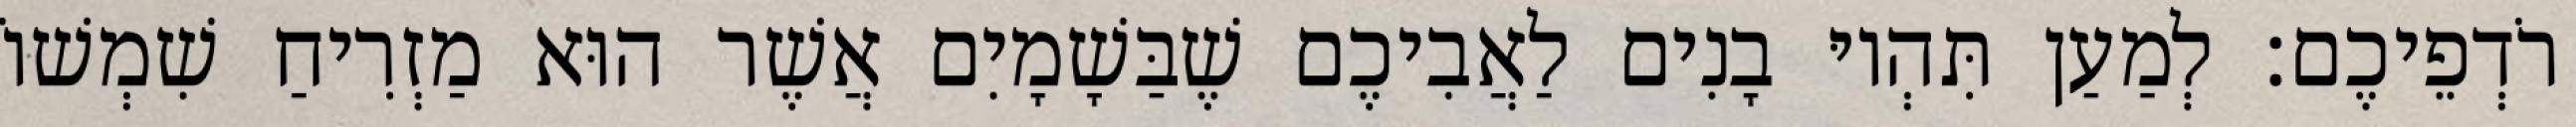
רֹדְפֵיכֶם׃ לְמַעַן תִּהְיוּ בָנִים לַאֲבִיכֶם שֶׁבַּשָׁמָיִם אֲשֶׁר הוּא מַזְרִיחַ שִׁמְשׁוֹ